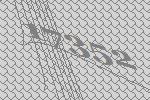
17352